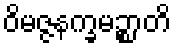
ဝိမဇ္ဇနက္ခမဉ္စာတိ